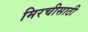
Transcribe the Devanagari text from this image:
मिरचीसाठी